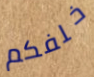
خلفكم